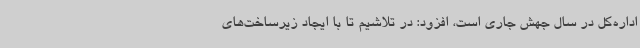
اداره‌کل در سال جهش جاری است، افزود: در تلاشیم تا با ایجاد زیرساخت‌های